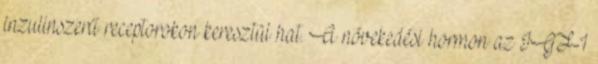
inzulinszerű receptorokon keresztül hat. A növekedési hormon az IGF-1